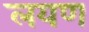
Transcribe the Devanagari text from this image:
लयण